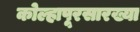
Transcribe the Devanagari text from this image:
कोल्हापूरसारख्या